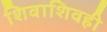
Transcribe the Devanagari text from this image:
शिवाशिवही